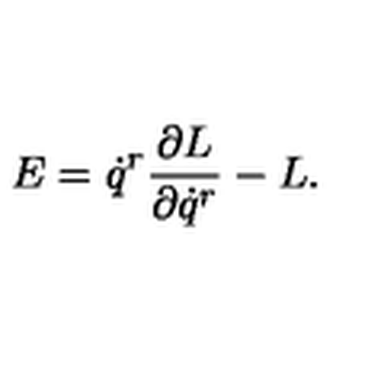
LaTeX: E = \dot { q } ^ { r } \frac { \partial L } { \partial \dot { q } ^ { r } } - L .